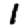
Digit: 1